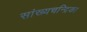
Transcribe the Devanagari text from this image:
सांख्‍यचन्द्रिका